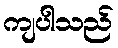
ကျပါသည်